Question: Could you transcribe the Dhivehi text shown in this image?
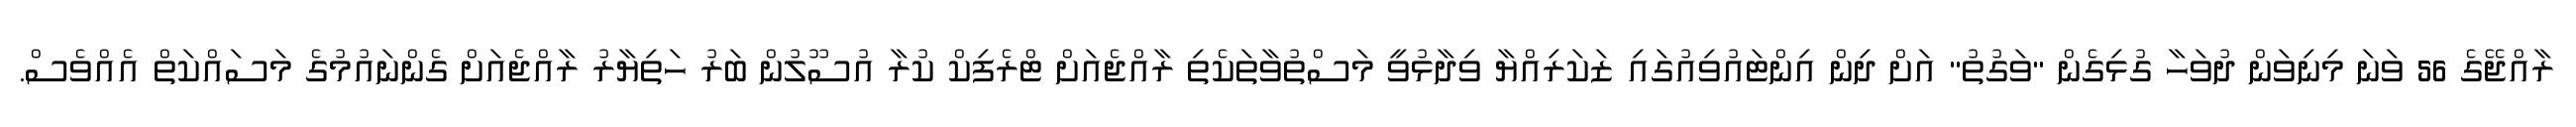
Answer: ރާއްޖޭގެ 56 ވަނަ މިނިވަން ދުވަހާ ގުޅިގެން "ވަގުތު" އަށް ދިން އިންޓައުވިއުގައި ޒަކަރިއްޔާ ވިދާޅުވީ މަސްތުވާތަކެތި ރާއްޖެއަށް ޓްރެފިކް ކުރާ އުސޫލުން ބަރު ހަތިޔާރު ރާއްޖެއަށް ގެންނައުމުގެ މަސައްކަތް އެއްވެސް.